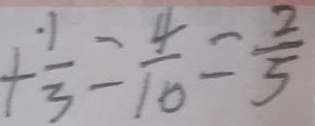
+ \frac { 1 } { 3 } = \frac { 4 } { 1 0 } = \frac { 2 } { 5 }